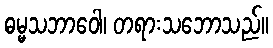
ဓမ္မသဘာဝေါ၊ တရားသဘောသည်။